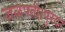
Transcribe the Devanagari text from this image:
जळपती।पुरंदर